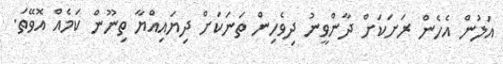
އަލުން އެހެން ރަށަކަށް ދާންވީނު ދިވެހިން ތަނަކަށް ދިޔައިއްޔާ ތިނޫން ކަމެއް އޮވޭތަ.